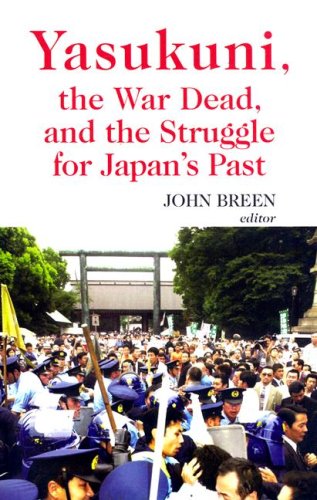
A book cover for Yasukuni, the War Dead, and the Struggle for Japan's Past (Columbia/Hurst); Religion & Spirituality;